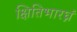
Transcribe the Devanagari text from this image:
क्षितिभारघ्नं